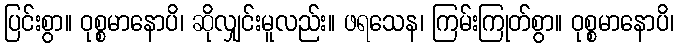
ပြင်းစွာ။ ဝုစ္စမာနောပိ၊ ဆိုလျှင်းမူလည်း။ ဖရသေန၊ ကြမ်းကြုတ်စွာ။ ဝုစ္စမာနောပိ၊